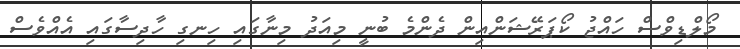
މޯލްޑިވްސް ހައްޖު ކޯޕަރޭޝަންއިން ދެންމެ ބުނީ މިއަދު މިނާގައި ހިނގި ހާދިސާގައި އެއްވެސް